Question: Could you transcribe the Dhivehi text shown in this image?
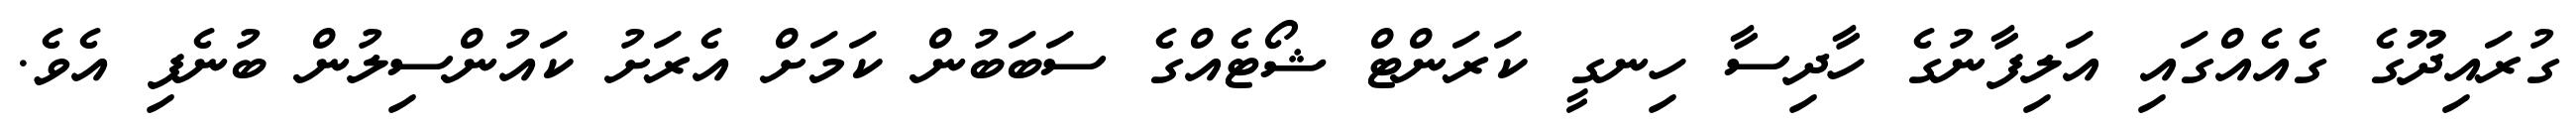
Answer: ގުރައިދޫގެ ގެއެއްގައި އަލިފާނުގެ ހާދިސާ ހިނގީ ކަރަންޓް ޝޯޓެއްގެ ސަބަބުން ކަމަށް އެރަށު ކައުންސިލުން ބުނެފި އެވެ.